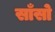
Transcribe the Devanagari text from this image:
साँसो